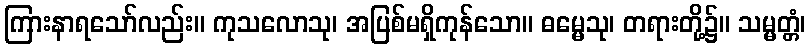
ကြားနာရသော်လည်း။ ကုသလောသု၊ အပြစ်မရှိကုန်သော။ ဓမ္မေသု၊ တရားတို့၌။ သမ္မတ္တံ၊